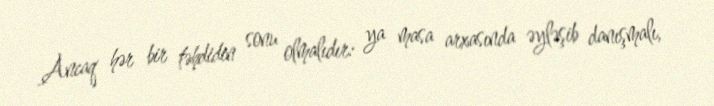
Ancaq hər bir təhdidin sonu olmalıdır: ya masa arxasında əyləşib danışmalı,